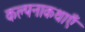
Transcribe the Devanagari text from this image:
कल्पनाकथाएँ